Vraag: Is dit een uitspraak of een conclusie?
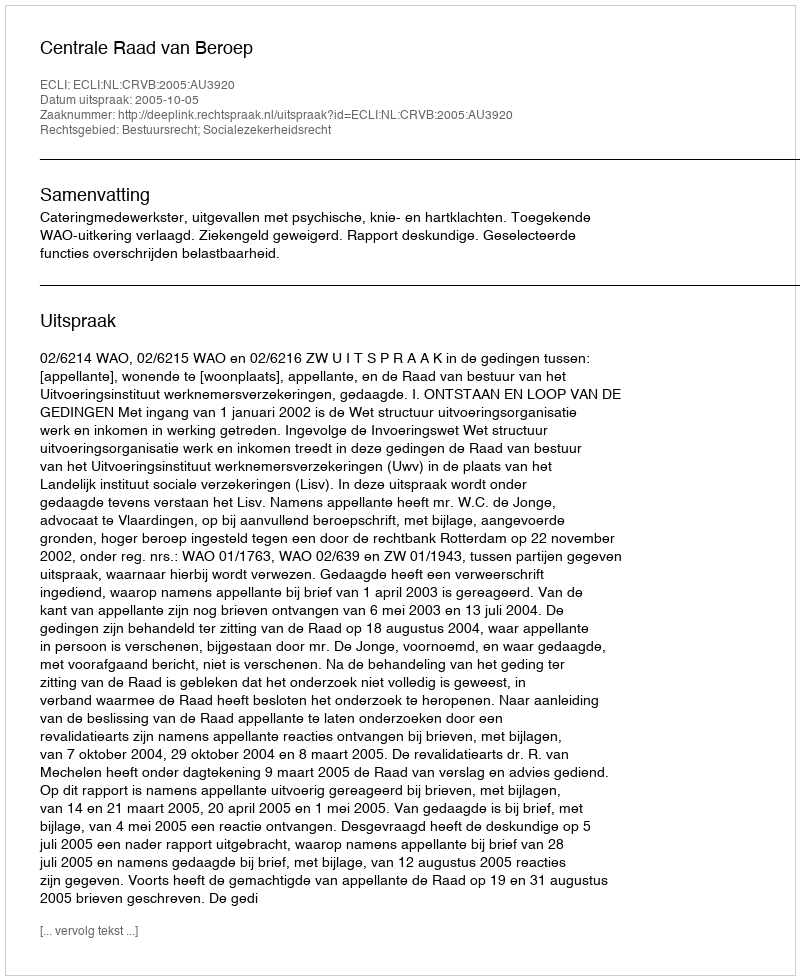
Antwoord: Uitspraak